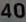
Transcribe-the-text-in-the-image